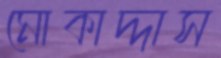
মোকাদ্দাস